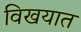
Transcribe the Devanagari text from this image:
विखयात